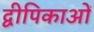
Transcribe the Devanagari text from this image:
द्वीपिकाओं